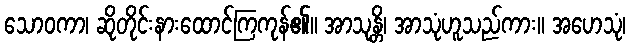
သောဝကာ၊ ဆိုတိုင်းနားထောင်ကြကုန်၏။ အာသုန္တိ၊ အာသုံဟူသည်ကား။ အဟေသုံ၊